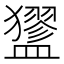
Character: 𥃃